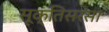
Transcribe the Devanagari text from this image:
सूक्तिसरसा